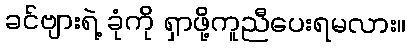
ခင်ဗျားရဲ့ ခုံကို ရှာဖို့ကူညီပေးရမလား။